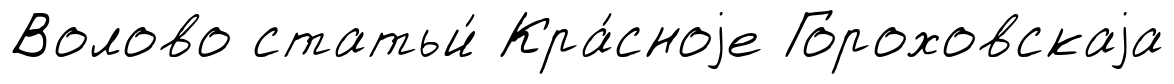
Волово статьи́ Кра́сноjе Гороховскаjа